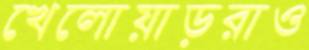
খেলোয়াড়রাও